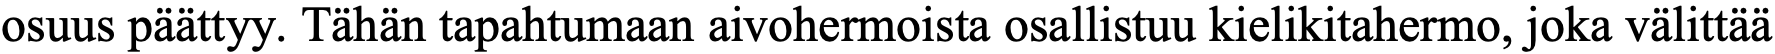
osuus päättyy. Tähän tapahtumaan aivohermoista osallistuu kielikitahermo, joka välittää